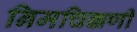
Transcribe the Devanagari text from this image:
निमचिक्कणी